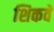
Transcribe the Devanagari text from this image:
शिकवे